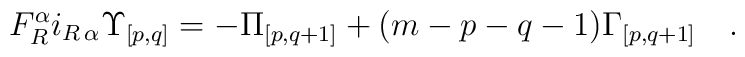
F_R^\alpha i_{R\,\alpha} {\Upsilon}_{{[p,q]}} = - {\Pi}_{[p,q+1]} +(m-p-q-1) {\Gamma}_{{[p,q+1]}}\quad.